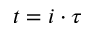
t = i \cdot \tau